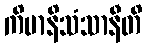
ကိမာနိသံသာနီတိ